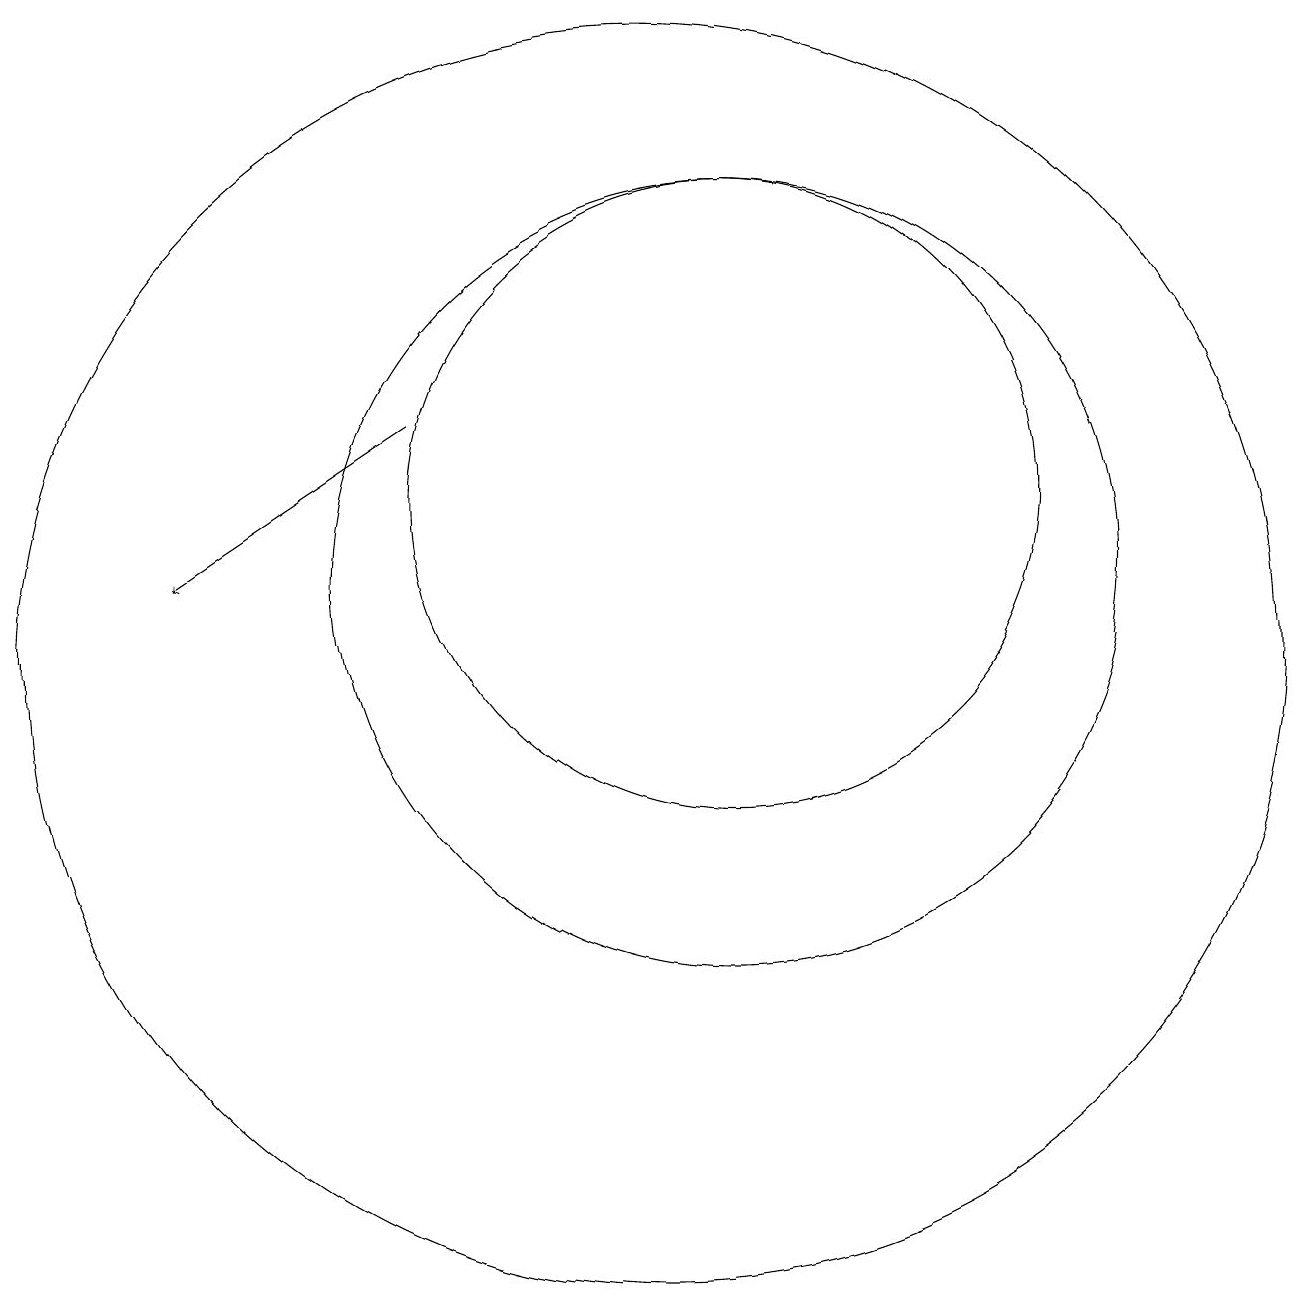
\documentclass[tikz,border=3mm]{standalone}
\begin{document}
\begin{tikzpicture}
\draw (11,10) circle (8);
\draw[->] (8,13) -- (5,11);
\draw (12,11) circle (5);
\draw (11,11) circle (0);
\draw (12,12) circle (4);
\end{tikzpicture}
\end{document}